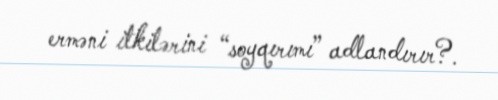
erməni itkilərini “soyqırımı” adlandırır?.